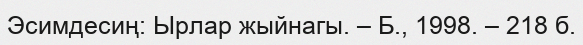
Эсимдесиң: Ырлар жыйнагы. – Б., 1998. – 218 б.